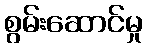
စွမ်းဆောင်မှု